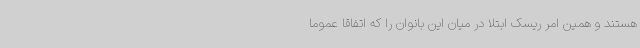
هستند و همین امر ریسک ابتلا در میان این بانوان را که اتفاقا عموما